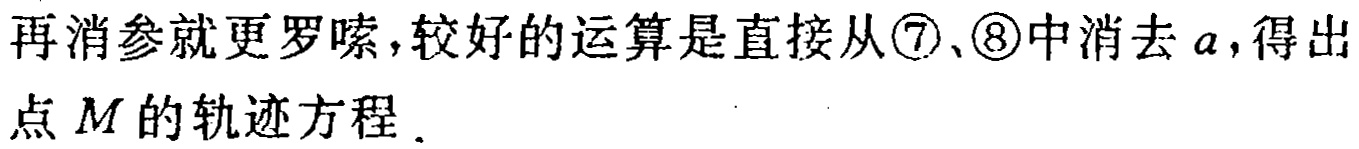
再消参就更啰嗦,较好的运算是直接从\textcircled{7}、\textcircled{8}中消去 \(a\),得出点 \(M\) 的轨迹方程．